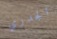
الجدري